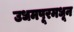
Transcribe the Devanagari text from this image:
उधमपूरमधून